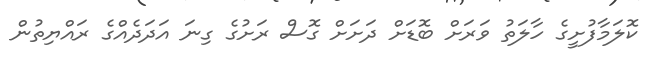
ކޮލަމާފުށީގެ ހާލަތު ވަރަށް ބޮޑަށް ދަށަށް ގޮސް ރަށުގެ ގިނަ އަދަދެއްގެ ރައްޔިތުން